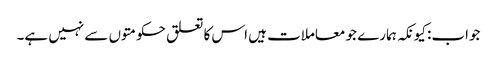
جواب: کیونکہ ہمارے جو معاملات ہیں اس کا تعلق حکومتوں سے نہیں ہے۔